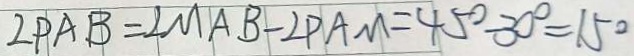
2 P A B = \angle M A B - \angle P A M = 4 5 ^ { \circ } - 3 0 ^ { \circ } = 1 5 ^ { \circ }